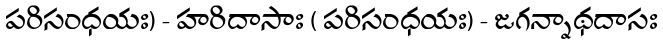
పరిసంధయః) - హరిదాసాః ( పరిసంధయః) - జగన్నాథదాసః